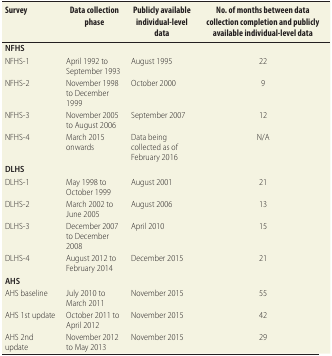
| Survey | Data collection phase | Publicly available individual-level data | No. of months between data collection completion and publicly available individual-level data |
 | --- | --- | --- | --- |
 | NFHS |  |  |  |
 | NFHS-1 | April 1992 to September 1993 | August 1995 | 22 |
 | NFHS-2 | November 1998 to December 1999 | October 2000 | 9 |
 | NFHS-3 | November 2005 to August 2006 | September 2007 | 12 |
 | NFHS-4 | March 2015 onwards | Data being collected as of February 2016 | N/A |
 | DLHS |  |  |  |
 | DLHS-1 | May 1998 to October 1999 | August 2001 | 21 |
 | DLHS-2 | March 2002 to June 2005 | August 2006 | 13 |
 | DLHS-3 | December 2007 to December 2008 | April 2010 | 15 |
 | DLHS-4 | August 2012 to February 2014 | December 2015 | 21 |
 | AHS |  |  |  |
 | AHS baseline | July 2010 to March 2011 | November 2015 | 55 |
 | AHS 1st update | October 2011 to April 2012 | November 2015 | 42 |
 | AHS 2nd update | November 2012 to May 2013 | November 2015 | 29 |